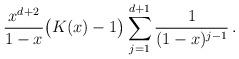
LaTeX: \begin{align*}\frac{x^{d+2}}{1-x}\big(K(x)-1\big)\sum_{j=1}^{d+1}\frac{1}{(1-x)^{j-1}}\, .\end{align*}